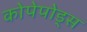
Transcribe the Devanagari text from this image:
कोपेपोड्स